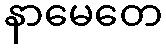
နာမေတေ